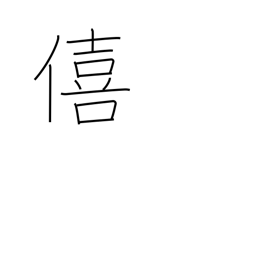
Meaning: enjoyment